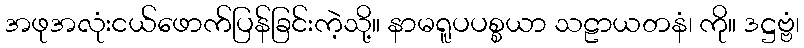
အဖုအလုံးငယ်ဖောက်ပြန်ခြင်းကဲ့သို့။ နာမရူပပစ္စယာ သဠာယတနံ၊ ကို။ ဒဋ္ဌဗ္ဗံ၊